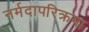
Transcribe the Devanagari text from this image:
नर्मदापरिक्रमा